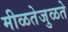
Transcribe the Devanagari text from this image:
मीळतेजुळते